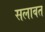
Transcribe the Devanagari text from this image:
सलाबत